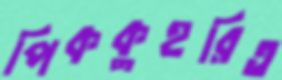
পিককুহরিত